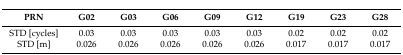
<table><thead><tr><td><b>PRN</b></td><td><b>G02</b></td><td><b>G03</b></td><td><b>G06</b></td><td><b>G09</b></td><td><b>G12</b></td><td><b>G19</b></td><td><b>G23</b></td><td><b>G28</b></td></tr></thead><tbody><tr><td>STD [cycles]</td><td>0.03</td><td>0.03</td><td>0.03</td><td>0.03</td><td>0.03</td><td>0.02</td><td>0.02</td><td>0.02</td></tr><tr><td>STD [m]</td><td>0.026</td><td>0.026</td><td>0.026</td><td>0.026</td><td>0.026</td><td>0.017</td><td>0.017</td><td>0.017</td></tr></tbody></table>